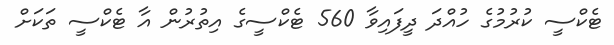
ޓެކްސީ ކުރުމުގެ ހުއްދަ ދީފައިވާ 560 ޓެކްސީގެ އިތުރުން އާ ޓެކްސީ ތަކަށް